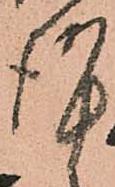
謹